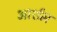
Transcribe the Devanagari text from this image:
आर्शम